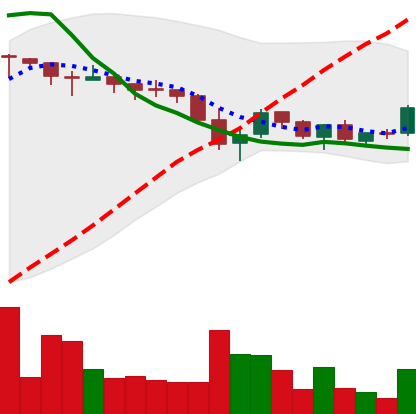
Ticker: TRX-USD
Chart end date: 2018-05-20
Forward return: -7.752%
Label: down_7plus